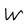
Character: W